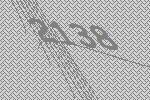
2138